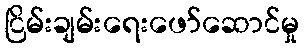
ငြိမ်းချမ်းရေးဖော်ဆောင်မှု